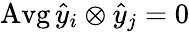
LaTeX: \operatorname{Avg}\hat{y}_{i}\otimes\hat{y}_{j}=0